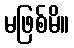
မဖြစ်မိ။